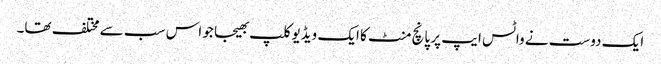
ایک دوست نے واٹس ایپ پر پانچ منٹ کا ایک ویڈیوکلپ بھیجا جو اس سب سے مختلف تھا۔